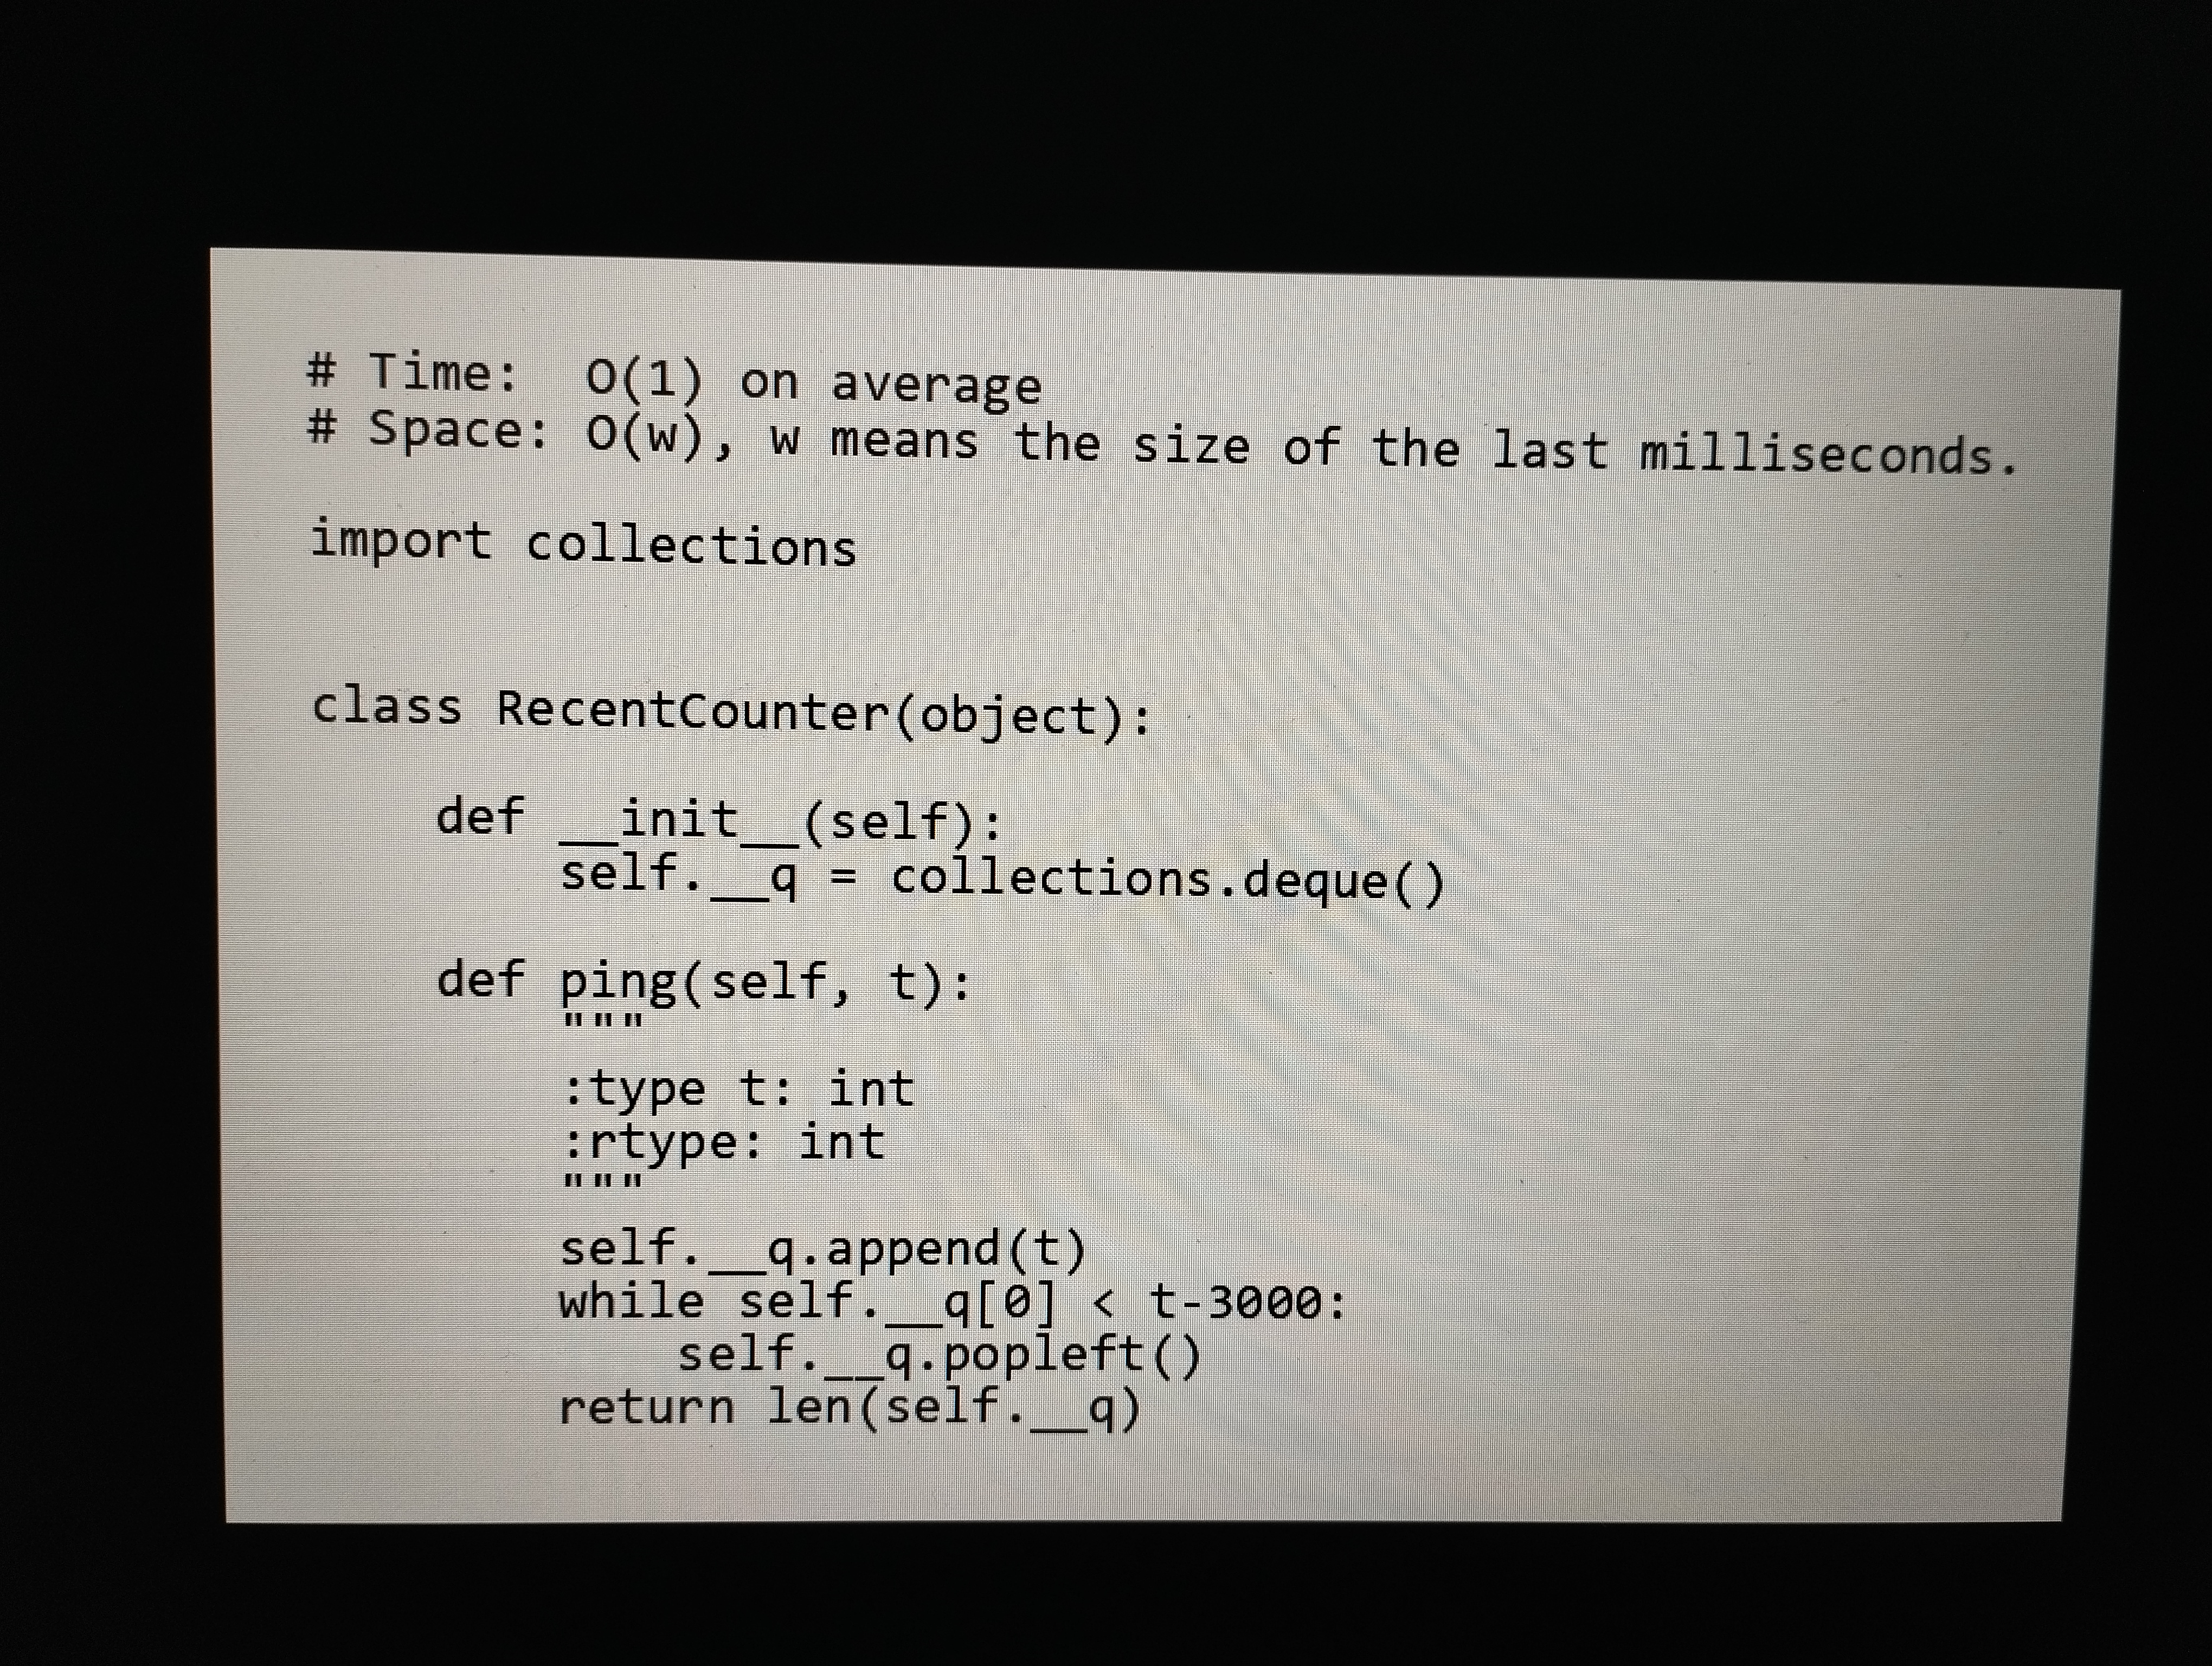
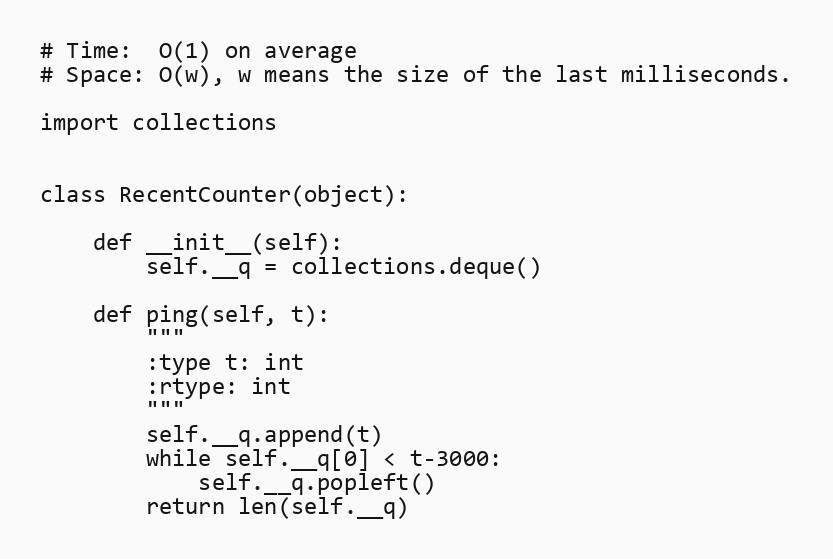
# Time:  O(1) on average
# Space: O(w), w means the size of the last milliseconds.

import collections

class RecentCounter(object):

    def __init__(self):
        self.__q = collections.deque()

    def ping(self, t):
        """
        :type t: int
        :rtype: int
        """
        self.__q.append(t)
        while self.__q[0] < t-3000:
            self.__q.popleft()
        return len(self.__q)